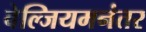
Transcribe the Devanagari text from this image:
बेल्जियमनंतर